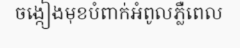
ចង្កៀងមុខបំពាក់អំពូលភ្លឺពេល